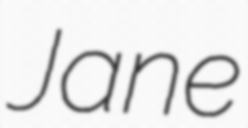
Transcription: Jane